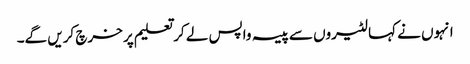
انہوں نے کہا لٹیروں سے پیسہ واپس لے کر تعلیم پر خرچ کریں گے۔